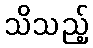
သိသည့်